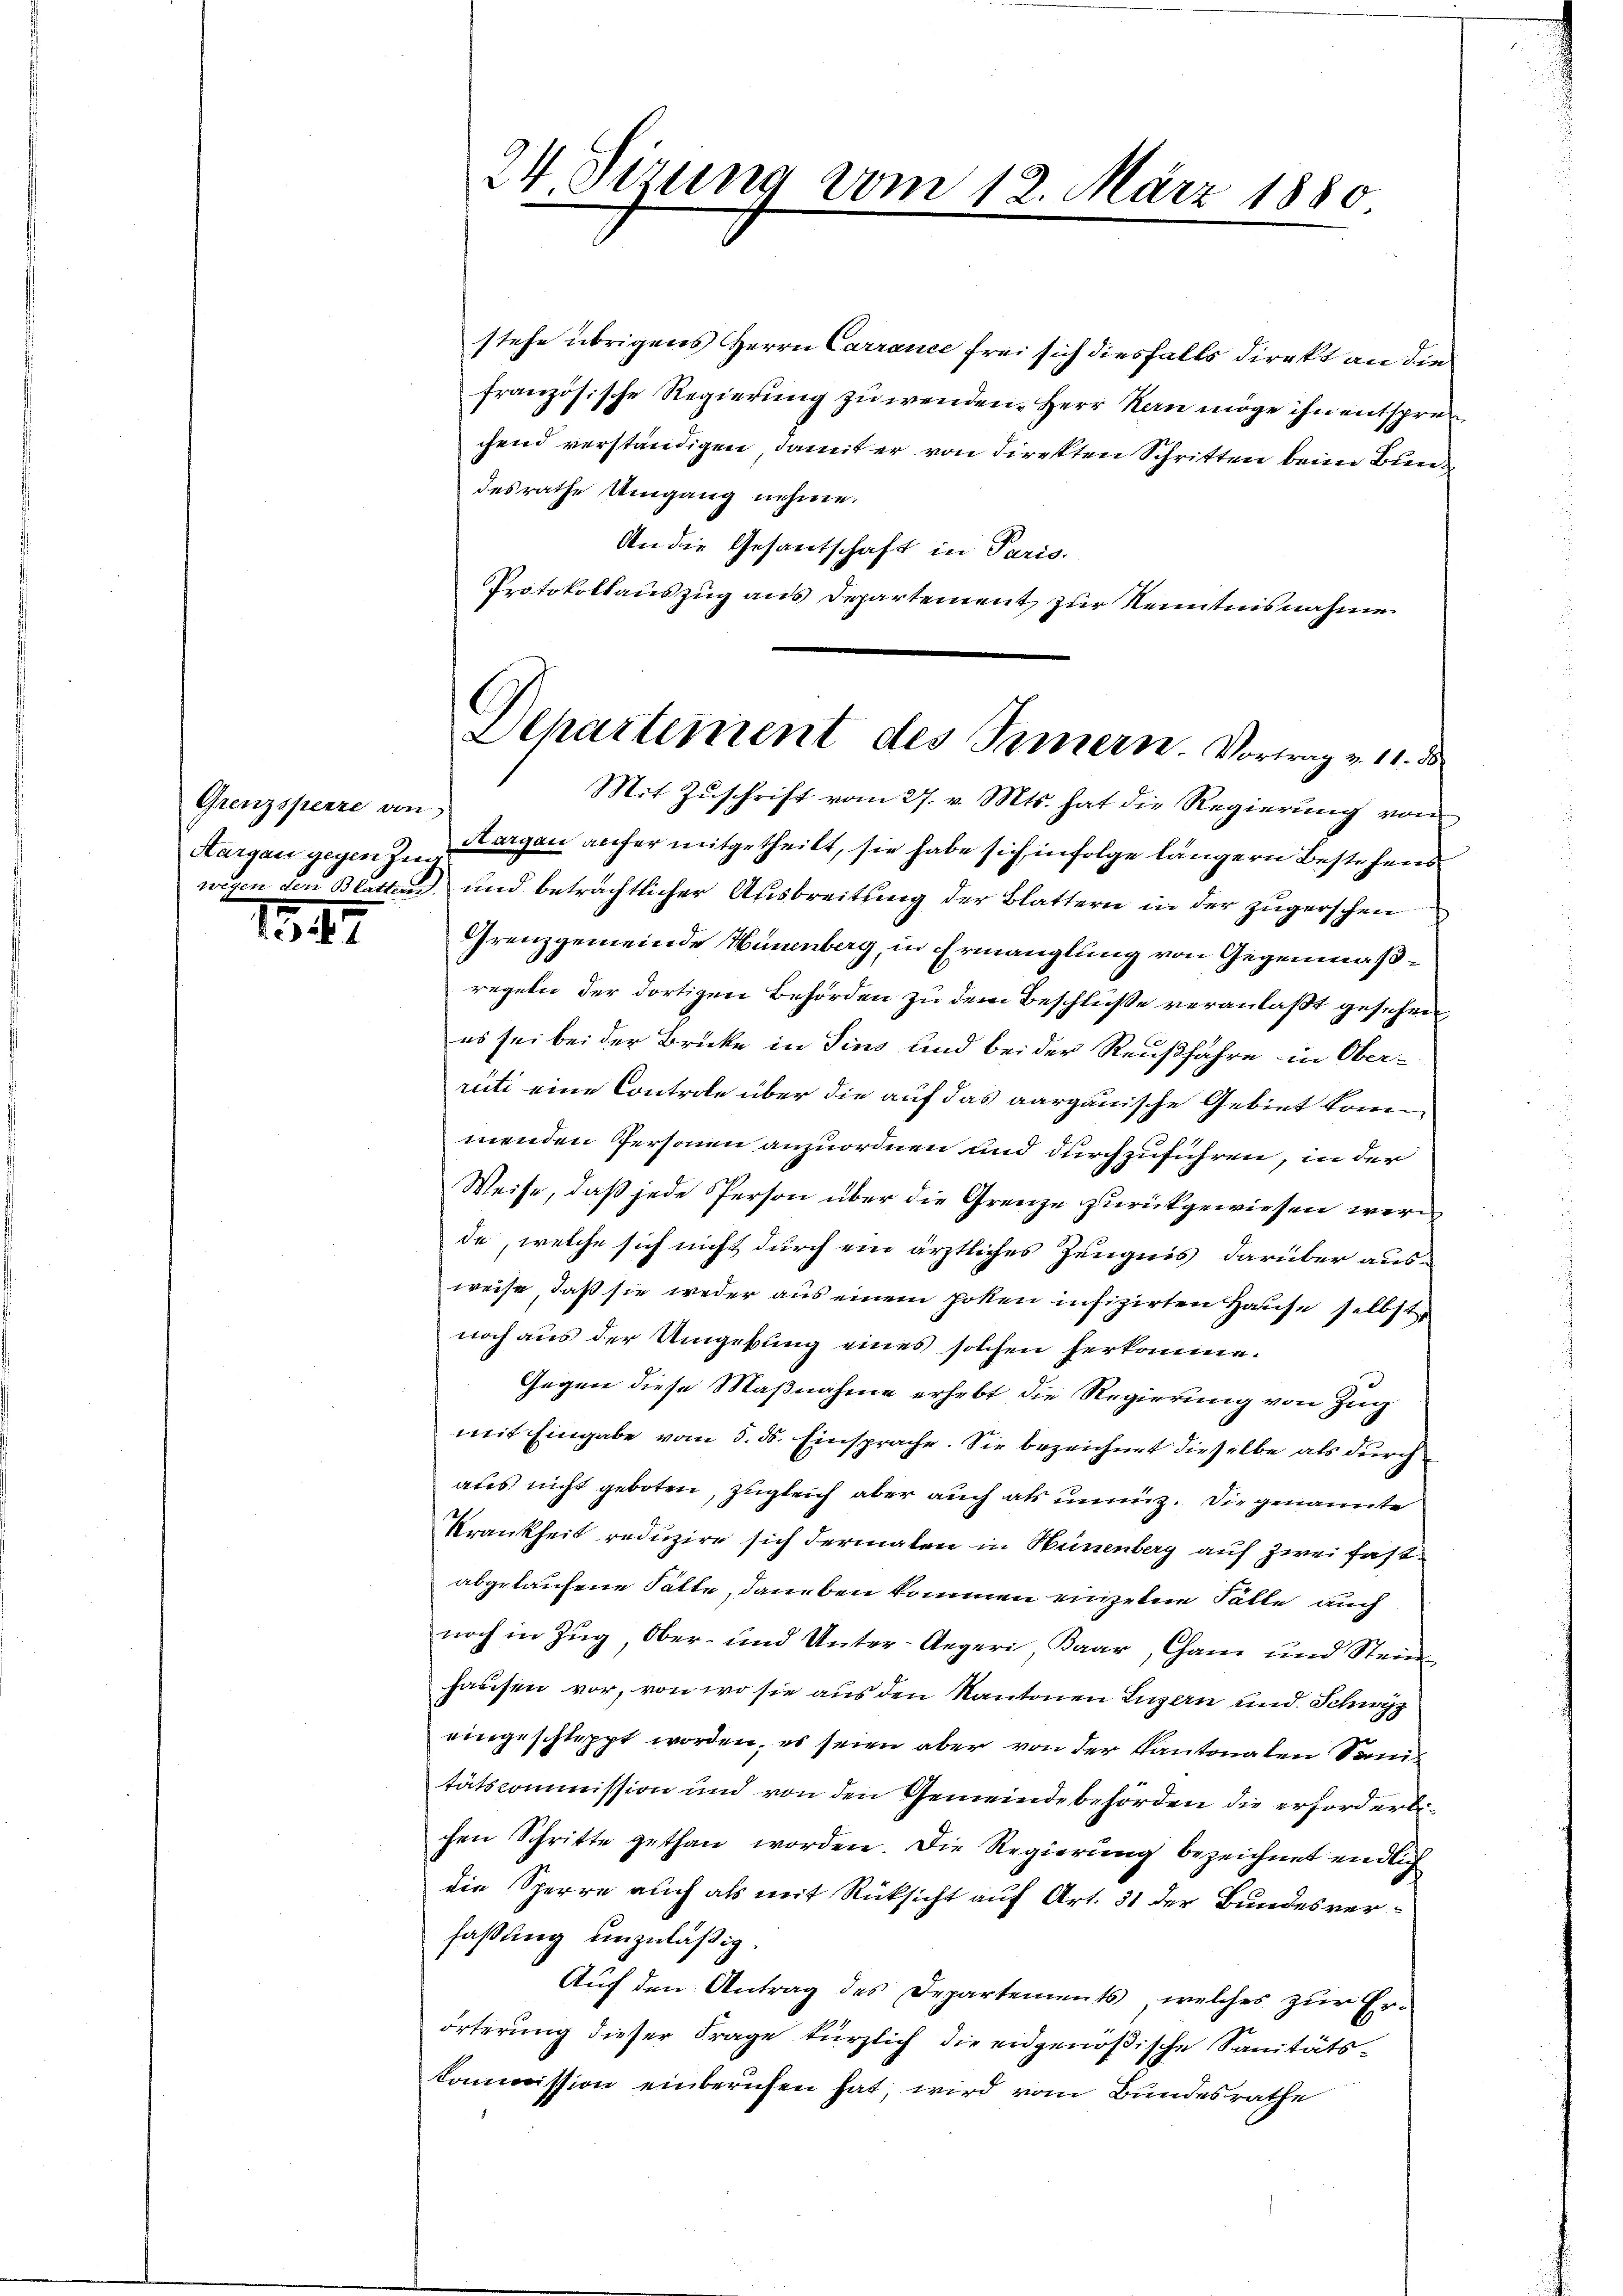
Grenzsperre von

1347

stehe übrigens Herrn Carrance frei sich diesfalls direkt an die
französische Regierung zu wenden. Herr Kan möge ihn entsprechend verständigen, damit er von direkten Schritten beim Bundesrathe Umgang nehme.
An die Gesantschaft in Paris.
Protokollauszug aus Departement zur Kenntnisnahme

24 Sizung vom 12. März 1880

l
Aepartement des Innern. Vortrag v. 11. d

Mit Zuschrift vom 27. v. Mts. hat die Regierung von
Aargau gegen zu Burgen anher mitgetheilt, sie habe sich infolge längern Bestehens
wegen den Blattend, und beträchtlicher Ausbreitung der Blattern in der zugerschen
Grenzgemeinde Hünenberg, in Ermanglung von Gegenmäßregeln der dortigen Behörden zu dem Beschluße veranlaßt gesehen,
e
es sei bei der Brücke in Sins und bei der Reußfahre in Ober-
rüti eine Controle über die auf das aargauische Gebiet kommenden Personen anzuordnen und durchzuführen, in der
Weise, daß jede Person über die Grenze zurückgewiesen werde
de, welche sich nicht durch ein ärztliches Zeugnis darüber ausweise, daß sie weder aus einem hohen infizirten Hause selbst
noch aus der Umgebung eines solchen herkomme¬
Gegen diese Maßnahme erhebt die Regierung von Zug
mit Eingabe vom 5. ds. Einsprache. Sie bezeichnet dieselbe als durch
ates nicht geboten, zugleich aber auch als unmig. Die genannte
Krankheit reduzire sich dermalen in Hünenberg auf zwei fastabgetaufene Sätte, daneben kommen einzelne Fälle auch
noch in Zug, Ober- und Unter-Aegeri, Baar, Cham und Steine
hausen vor, von wo sie aus den Kantonen Luzern und Schwyz
eingeschleppt worden, es seien aber von der Kantonalen Sanitätscommission und von den Gemeindebehörden die erhörderlichen Schritte gethan worden. Die Regierung bezeichnet endlich
die Sperre auch als mit Rücksicht auf Art. 31 der Bundesverfaßung unzuläßig.
Auf den Antrag des Departements, welches zur Erörterung dieser Frage kürzlich die eidgenößische Sanitäts¬
Commission einberufen hat, wird vom Bundesrathe